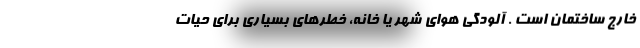
خارج ساختمان است . آلودگی هوای شهر یا خانه، خطرهای بسیاری برای حیات